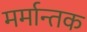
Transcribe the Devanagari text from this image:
मर्मान्तक